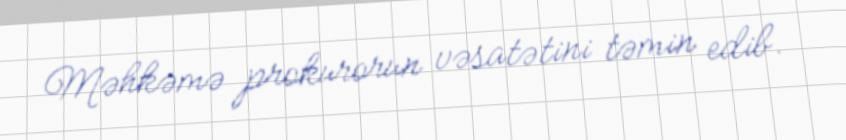
Məhkəmə prokurorun vəsatətini təmin edib.